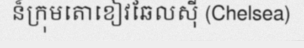
ន៏ក្រុមតោខៀវឆែលស៊ី (Chelsea)